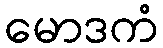
မောဒကံ